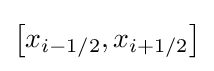
\left[x_{i-1/2},x_{i+1/2}\right]